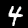
Label: 4